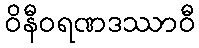
ဝိနီဝရဏဒဿာဝီ